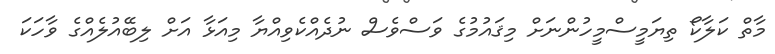
މާތް ކަލާކޯ ތިޔަމީސްމީހުންނަށް މިޤައުމުގެ ވަސްވެސް ނުދެއްކެވިއްޔާ މިއަޅާ އަށް ލިބޭއުލެއްގެ ވާހަކަ